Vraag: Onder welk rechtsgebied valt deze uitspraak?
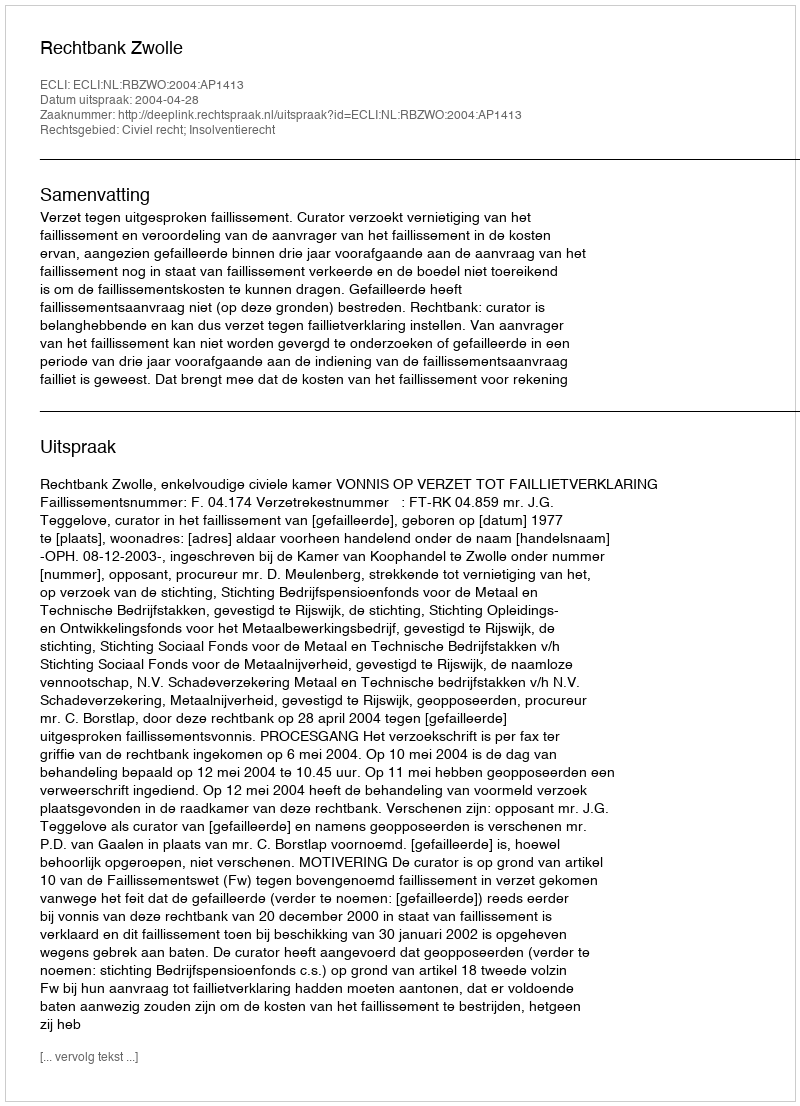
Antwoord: Civiel recht; Insolventierecht